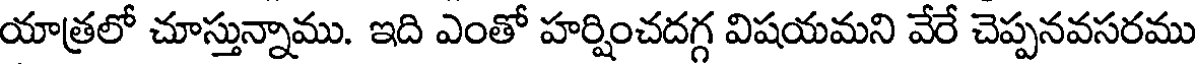
యాత్రలో చూస్తున్నాము. ఇది ఎంతో హర్షించదగ్గ విషయమని వేరే చెప్పనవసరము